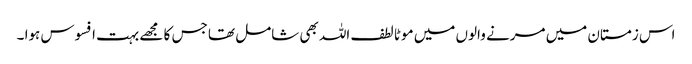
اس زمستان میں مرنے والوں میں موٹا لطف اللہ بھی شامل تھا جس کا مجھے بہت افسوس ہوا ۔